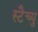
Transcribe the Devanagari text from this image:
स्टैच्यु